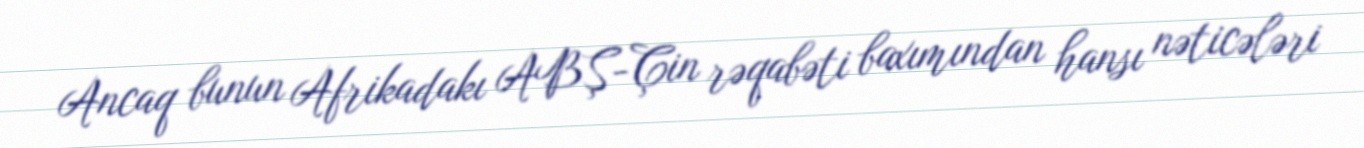
Ancaq bunun Afrikadakı ABŞ-Çin rəqabəti baxımından hansı nəticələri